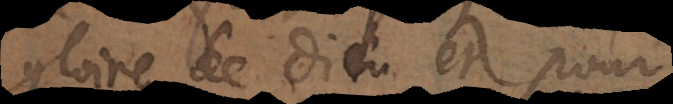
gloire de Dieu et pour